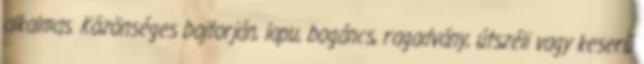
alkalmas. Közönséges bojtorján, lapu, bogáncs, ragadvány, útszéli vagy keserű